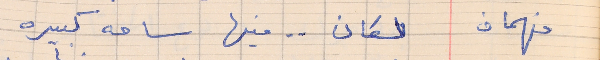
فهمان   لكان . .  فيها ساحه كبيره